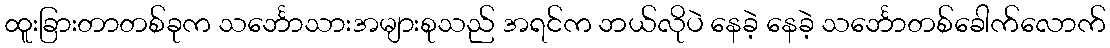
ထူးခြားတာတစ်ခုက သင်္ဘောသားအများစုသည် အရင်က ဘယ်လိုပဲ နေခဲ့ နေခဲ့ သင်္ဘောတစ်ခေါက်လောက်